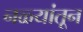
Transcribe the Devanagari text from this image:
नळ्यांतून